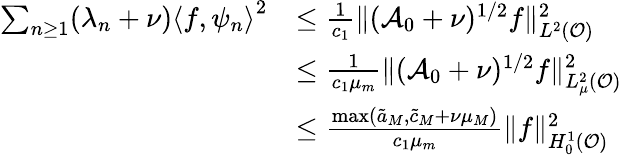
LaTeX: \begin{array}{rl}{\sum_{n\geq 1}(\lambda_{n}+\nu)\left<f,\psi_{n}\right>^{2}}&{\leq\frac{1}{c_{1}}\Vert(\mathcal{A}_{0}+\nu)^{1/2}f\Vert_{L^{2}(\mathcal{O})}^{2}}\\ &{\leq\frac{1}{c_{1}\mu_{m}}\Vert(\mathcal{A}_{0}+\nu)^{1/2}f\Vert_{L_{\mu}^{2}(\mathcal{O})}^{2}}\\ &{\leq\frac{\operatorname*{max}(\tilde{a}_{M},\tilde{c}_{M}+\nu\mu_{M})}{c_{1}\mu_{m}}\Vert f\Vert_{H_{0}^{1}(\mathcal{O})}^{2}}\end{array}